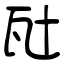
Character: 瓧